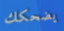
يضحكك